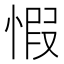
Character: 𢝄